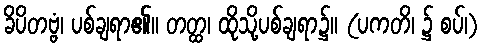
ခိပိတဗ္ဗံ၊ ပစ်ချရာ၏။ တတ္ထ၊ ထိုသို့ပစ်ချရာ၌။ (ပကတိ၊ ၌ စပ်၊)